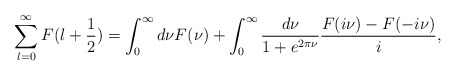
\begin{align*}\sum^{\infty}_{l=0}F(l+\frac12)=\int^\infty _0 d\nu F(\nu) +\int^\infty _0\frac{d\nu}{1+e^{2\pi\nu}}\frac{F(i\nu)-F(-i\nu)}{i},\end{align*}